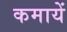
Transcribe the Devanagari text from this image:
कमायें